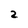
Character: 2